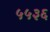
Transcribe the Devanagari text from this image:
५५३६